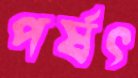
পর্ষৎ